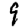
Digit: 9